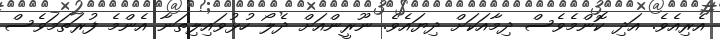
އެރިއެވެ. އަދި ކޮންމެވެސް ދިމާއަކަށް ދިޔައެވެ. ނޫރީންއަށް ދެލޯ ހުޅުވައިލިތަނާ އެންމެ ފުރަތަމަވެސް